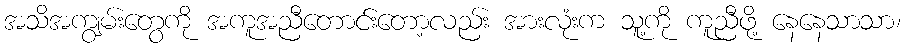
အသိအကျွမ်းတွေကို အကူအညီတောင်းတော့လည်း အားလုံးက သူ့ကို ကူညီဖို့ နေနေသာသာ၊